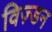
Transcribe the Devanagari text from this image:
विज़्डन